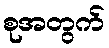
စုအတွက်